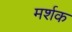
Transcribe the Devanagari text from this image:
मर्शक